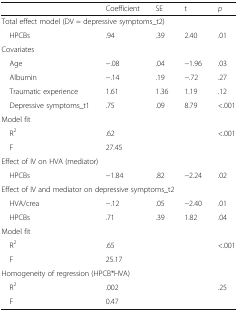
<table><thead><tr><td></td><td><b>Coefficient</b></td><td><b>SE</b></td><td><b>t</b></td><td><b><i>p</i></b></td></tr></thead><tbody><tr><td colspan="5">Total effect model (DV = depressive symptoms_t2)</td></tr><tr><td> HPCBs</td><td>.94</td><td>.39</td><td>2.40</td><td>.01</td></tr><tr><td colspan="5">Covariates</td></tr><tr><td> Age</td><td>−.08</td><td>.04</td><td>−1.96</td><td>.03</td></tr><tr><td> Albumin</td><td>−.14</td><td>.19</td><td>−.72</td><td>.27</td></tr><tr><td> Traumatic experience</td><td>1.61</td><td>1.36</td><td>1.19</td><td>.12</td></tr><tr><td> Depressive symptoms_t1</td><td>.75</td><td>.09</td><td>8.79</td><td>&lt;.001</td></tr><tr><td colspan="5">Model fit</td></tr><tr><td> R<sup>2</sup></td><td>.62</td><td></td><td></td><td>&lt;.001</td></tr><tr><td> F</td><td>27.45</td><td></td><td></td><td></td></tr><tr><td colspan="5">Effect of IV on HVA (mediator)</td></tr><tr><td> HPCBs</td><td>−1.84</td><td>.82</td><td>−2.24</td><td>.02</td></tr><tr><td colspan="5">Effect of IV and mediator on depressive symptoms_t2</td></tr><tr><td> HVA/crea</td><td>−.12</td><td>.05</td><td>−2.40</td><td>.01</td></tr><tr><td> HPCBs</td><td>.71</td><td>.39</td><td>1.82</td><td>.04</td></tr><tr><td colspan="5">Model fit</td></tr><tr><td> R<sup>2</sup></td><td>.65</td><td></td><td></td><td>&lt;.001</td></tr><tr><td> F</td><td>25.17</td><td></td><td></td><td></td></tr><tr><td colspan="5">Homogeneity of regression (HPCB*HVA)</td></tr><tr><td> R<sup>2</sup></td><td>.002</td><td></td><td></td><td>.25</td></tr><tr><td> F</td><td>0.47</td><td></td><td></td><td></td></tr></tbody></table>